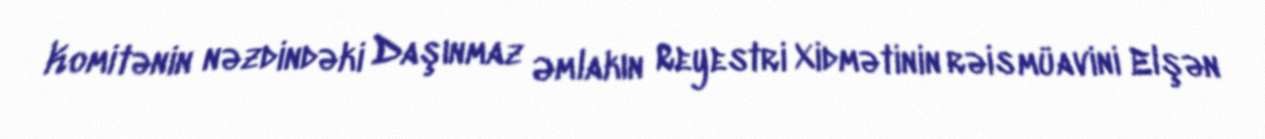
Komitənin nəzdindəki Daşınmaz Əmlakın Reyestri Xidmətinin rəis müavini Elşən